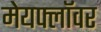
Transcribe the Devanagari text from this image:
मेयफ्लाॅवर